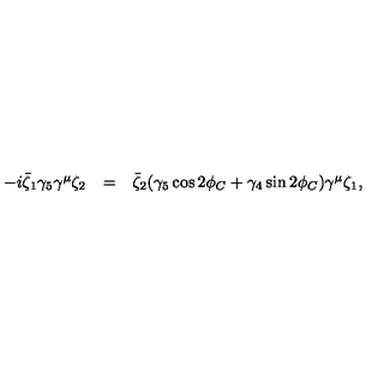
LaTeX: \begin{array} { l c l } { - i \bar { \zeta } _ { 1 } \gamma _ { 5 } \gamma ^ { \mu } \zeta _ { 2 } } & { = } & { \bar { \zeta } _ { 2 } ( \gamma _ { 5 } \cos 2 \phi _ { C } + \gamma _ { 4 } \sin 2 \phi _ { C } ) \gamma ^ { \mu } \zeta _ { 1 } , } \\ \end{array}